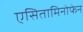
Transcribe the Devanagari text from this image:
एसितामिनोफेन